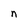
Character: n